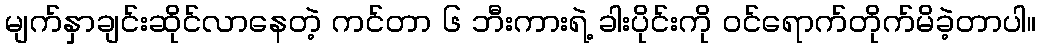
မျက်နှာချင်းဆိုင်လာနေတဲ့ ကင်တာ ၆ ဘီးကားရဲ့ ခါးပိုင်းကို ဝင်ရောက်တိုက်မိခဲ့တာပါ။